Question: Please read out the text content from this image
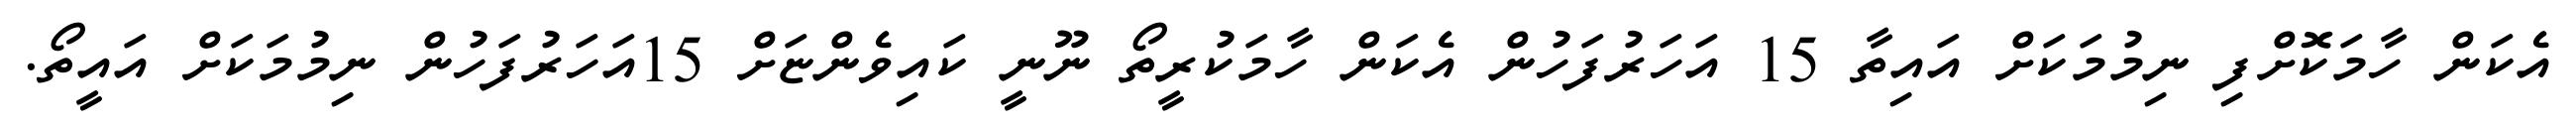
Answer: އެކަން ހާމަކޮށްފި ނިމުމަކަށް އައިތާ 15 އަހަރުފަހުން އެކަން ހާމަކުރީތޯ ނޫނީ ކައިވެންޏަށް 15އަހަރުފަހުން ނިމުމަކަށް އައީތޯ.